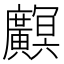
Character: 𫸏